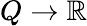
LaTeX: Q\to\mathbb{R}